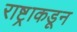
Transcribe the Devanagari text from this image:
राष्ट्राकडून